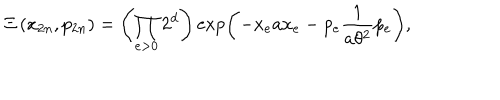
\Xi \left( x _ { 2 n } , p _ { 2 n } \right) = \left( \prod _ { e > 0 } 2 ^ { d } \right) \exp \left( - x _ { e } a x _ { e } - p _ { e } \frac { 1 } { a \theta ^ { 2 } } p _ { e } \right) ,